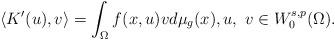
LaTeX: \begin{align*}\langle K'(u),v\rangle=\int_\Omega f(x,u)vd\mu _g(x), u,\ v\in W_0^{s,p}(\Omega).\end{align*}